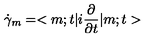
\dot { \gamma } _ { m } = < m ; t | i \frac { \partial } { \partial t } | m ; t >